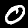
Digit: 0